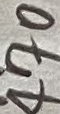
Text: 470